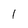
Character: 1